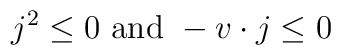
j^2 \leq 0 \ {\rm and } \  -v \cdot j \leq 0